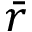
\bar { r }